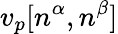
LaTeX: v_{p}[n^{\alpha},n^{\beta}]